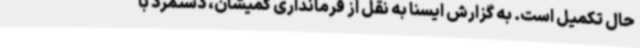
حال تکمیل است. به گزارش ایسنا به نقل از فرمانداری گمیشان، دستمرد با